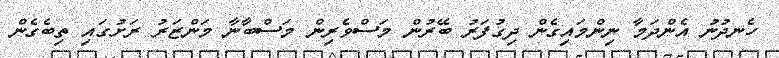
ހެނދުނު އެންދަމާ ނިންމައިގެން ދިގުފަރު ބޭރުން މަސްވެރިން މަސްބާނާ މަންޒަރު ރަށުގައި ތިބެގެން